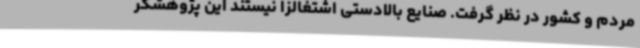
مردم و کشور در نظر گرفت. صنایع بالادستی اشتغالزا نیستند این پژوهشگر